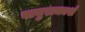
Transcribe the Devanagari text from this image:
वायुराकाशं